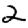
Digit: 2